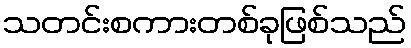
သတင်းစကားတစ်ခုဖြစ်သည်